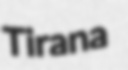
Tirana